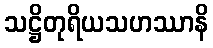
သဋ္ဌိတုရိယသဟဿာနိ